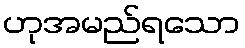
ဟုအမည်ရသော